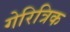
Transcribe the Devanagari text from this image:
गेरित्रिक